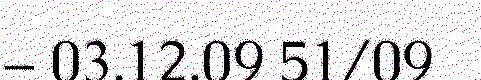
– 03.12.09 51/09